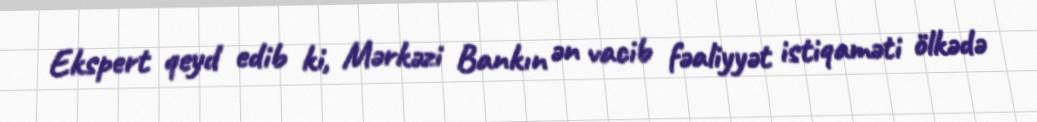
Ekspert qeyd edib ki, Mərkəzi Bankın ən vacib fəaliyyət istiqaməti ölkədə